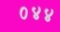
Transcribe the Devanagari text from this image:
०४४